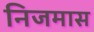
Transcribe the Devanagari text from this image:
निजमास